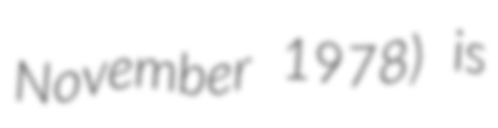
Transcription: November 1978) is